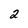
Character: 2